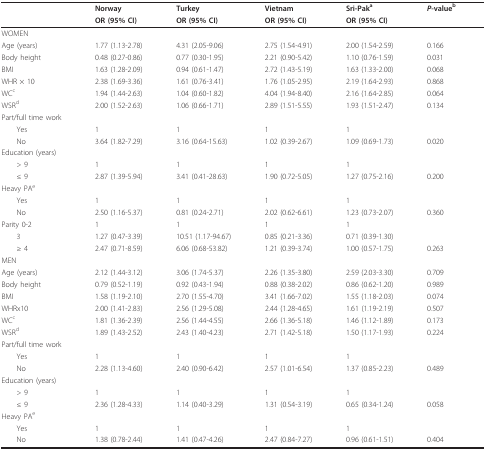
<table><thead><tr><td>[EMPTY_CELL]</td><td><b>Norway</b></td><td><b>Turkey</b></td><td><b>Vietnam</b></td><td><b>Sri-Pak<sup>a</sup></b></td><td><b><i>P</i>-value<sup>b</sup></b></td></tr><tr><td>[EMPTY_CELL]</td><td><b>OR (95% CI)</b></td><td><b>OR (95% CI)</b></td><td><b>OR (95% CI)</b></td><td><b>OR (95% CI)</b></td><td>[EMPTY_CELL]</td></tr></thead><tbody><tr><td>WOMEN</td><td>[EMPTY_CELL]</td><td>[EMPTY_CELL]</td><td>[EMPTY_CELL]</td><td>[EMPTY_CELL]</td><td>[EMPTY_CELL]</td></tr><tr><td>Age (years)</td><td>1.77 (1.13-2.78)</td><td>4.31 (2.05-9.06)</td><td>2.75 (1.54-4.91)</td><td>2.00 (1.54-2.59)</td><td>0.166</td></tr><tr><td>Body height</td><td>0.48 (0.27-0.86)</td><td>0.77 (0.30-1.95)</td><td>2.21 (0.90-5.42)</td><td>1.10 (0.76-1.59)</td><td>0.031</td></tr><tr><td>BMI</td><td>1.63 (1.28-2.09)</td><td>0.94 (0.61-1.47)</td><td>2.72 (1.43-5.19)</td><td>1.63 (1.33-2.00)</td><td>0.068</td></tr><tr><td>WHR × 10</td><td>2.38 (1.69-3.36)</td><td>1.61 (0.76-3.41)</td><td>1.76 (1.05-2.95)</td><td>2.19 (1.64-2.93)</td><td>0.868</td></tr><tr><td>WC<sup>c</sup></td><td>1.94 (1.44-2.63)</td><td>1.04 (0.60-1.82)</td><td>4.04 (1.94-8.40)</td><td>2.16 (1.64-2.85)</td><td>0.064</td></tr><tr><td>WSR<sup>d</sup></td><td>2.00 (1.52-2.63)</td><td>1.06 (0.66-1.71)</td><td>2.89 (1.51-5.55)</td><td>1.93 (1.51-2.47)</td><td>0.134</td></tr><tr><td>Part/full time work</td><td>[EMPTY_CELL]</td><td>[EMPTY_CELL]</td><td>[EMPTY_CELL]</td><td>[EMPTY_CELL]</td><td>[EMPTY_CELL]</td></tr><tr><td> Yes</td><td>1</td><td>1</td><td>1</td><td>1</td><td>[EMPTY_CELL]</td></tr><tr><td> No</td><td>3.64 (1.82-7.29)</td><td>3.16 (0.64-15.63)</td><td>1.02 (0.39-2.67)</td><td>1.09 (0.69-1.73)</td><td>0.020</td></tr><tr><td>Education (years)</td><td>[EMPTY_CELL]</td><td>[EMPTY_CELL]</td><td>[EMPTY_CELL]</td><td>[EMPTY_CELL]</td><td>[EMPTY_CELL]</td></tr><tr><td> &gt; 9</td><td>1</td><td>1</td><td>1</td><td>1</td><td>[EMPTY_CELL]</td></tr><tr><td> ≤ 9</td><td>2.87 (1.39-5.94)</td><td>3.41 (0.41-28.63)</td><td>1.90 (0.72-5.05)</td><td>1.27 (0.75-2.16)</td><td>0.200</td></tr><tr><td>Heavy PA<sup>e</sup></td><td>[EMPTY_CELL]</td><td>[EMPTY_CELL]</td><td>[EMPTY_CELL]</td><td>[EMPTY_CELL]</td><td>[EMPTY_CELL]</td></tr><tr><td> Yes</td><td>1</td><td>1</td><td>1</td><td>1</td><td>[EMPTY_CELL]</td></tr><tr><td> No</td><td>2.50 (1.16-5.37)</td><td>0.81 (0.24-2.71)</td><td>2.02 (0.62-6.61)</td><td>1.23 (0.73-2.07)</td><td>0.360</td></tr><tr><td>Parity 0-2</td><td>1</td><td>1</td><td>1</td><td>1</td><td>[EMPTY_CELL]</td></tr><tr><td> 3</td><td>1.27 (0.47-3.39)</td><td>10.51 (1.17-94.67)</td><td>0.85 (0.21-3.36)</td><td>0.71 (0.39-1.30)</td><td>[EMPTY_CELL]</td></tr><tr><td> ≥ 4</td><td>2.47 (0.71-8.59)</td><td>6.06 (0.68-53.82)</td><td>1.21 (0.39-3.74)</td><td>1.00 (0.57-1.75)</td><td>0.263</td></tr><tr><td>MEN</td><td>[EMPTY_CELL]</td><td>[EMPTY_CELL]</td><td>[EMPTY_CELL]</td><td>[EMPTY_CELL]</td><td>[EMPTY_CELL]</td></tr><tr><td>Age (years)</td><td>2.12 (1.44-3.12)</td><td>3.06 (1.74-5.37)</td><td>2.26 (1.35-3.80)</td><td>2.59 (2.03-3.30)</td><td>0.709</td></tr><tr><td>Body height</td><td>0.79 (0.52-1.19)</td><td>0.92 (0.43-1.94)</td><td>0.88 (0.38-2.02)</td><td>0.86 (0.62-1.20)</td><td>0.989</td></tr><tr><td>BMI</td><td>1.58 (1.19-2.10)</td><td>2.70 (1.55-4.70)</td><td>3.41 (1.66-7.02)</td><td>1.55 (1.18-2.03)</td><td>0.074</td></tr><tr><td>WHRx10</td><td>2.00 (1.41-2.83)</td><td>2.56 (1.29-5.08)</td><td>2.44 (1.28-4.65)</td><td>1.61 (1.19-2.19)</td><td>0.507</td></tr><tr><td>WC<sup>c</sup></td><td>1.81 (1.36-2.39)</td><td>2.56 (1.44-4.55)</td><td>2.66 (1.36-5.18)</td><td>1.46 (1.12-1.89)</td><td>0.173</td></tr><tr><td>WSR<sup>d</sup></td><td>1.89 (1.43-2.52)</td><td>2.43 (1.40-4.23)</td><td>2.71 (1.42-5.18)</td><td>1.50 (1.17-1.93)</td><td>0.224</td></tr><tr><td>Part/full time work</td><td>[EMPTY_CELL]</td><td>[EMPTY_CELL]</td><td>[EMPTY_CELL]</td><td>[EMPTY_CELL]</td><td>[EMPTY_CELL]</td></tr><tr><td> Yes</td><td>1</td><td>1</td><td>1</td><td>1</td><td>[EMPTY_CELL]</td></tr><tr><td> No</td><td>2.28 (1.13-4.60)</td><td>2.40 (0.90-6.42)</td><td>2.57 (1.01-6.54)</td><td>1.37 (0.85-2.23)</td><td>0.489</td></tr><tr><td>Education (years)</td><td>[EMPTY_CELL]</td><td>[EMPTY_CELL]</td><td>[EMPTY_CELL]</td><td>[EMPTY_CELL]</td><td>[EMPTY_CELL]</td></tr><tr><td> &gt; 9</td><td>1</td><td>1</td><td>1</td><td>1</td><td>[EMPTY_CELL]</td></tr><tr><td> ≤ 9</td><td>2.36 (1.28-4.33)</td><td>1.14 (0.40-3.29)</td><td>1.31 (0.54-3.19)</td><td>0.65 (0.34-1.24)</td><td>0.058</td></tr><tr><td>Heavy PA<sup>e</sup></td><td>[EMPTY_CELL]</td><td>[EMPTY_CELL]</td><td>[EMPTY_CELL]</td><td>[EMPTY_CELL]</td><td>[EMPTY_CELL]</td></tr><tr><td> Yes</td><td>1</td><td>1</td><td>1</td><td>1</td><td>[EMPTY_CELL]</td></tr><tr><td> No</td><td>1.38 (0.78-2.44)</td><td>1.41 (0.47-4.26)</td><td>2.47 (0.84-7.27)</td><td>0.96 (0.61-1.51)</td><td>0.404</td></tr></tbody></table>